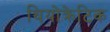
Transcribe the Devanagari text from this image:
थियोक्रेटिक